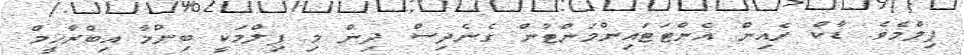
ފިލްމެވެ. ޑާކް ރެއިން އެންޓަޓައިންމަންޓުން ގެނެދިސް ދިން މި ފިލްމަކީ ބިންމާ އިބްރާހީމް